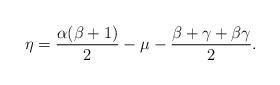
LaTeX: \begin{align*} \eta = \frac{{ \alpha(\beta+1) }}{{2}} - \mu - \frac {{ \beta+\gamma+ \beta \gamma}}{{2}}.\end{align*}